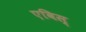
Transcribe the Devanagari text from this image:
एविस्